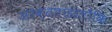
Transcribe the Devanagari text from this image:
अरक्तताहालाँकि